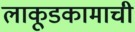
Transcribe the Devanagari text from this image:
लाकूडकामाची